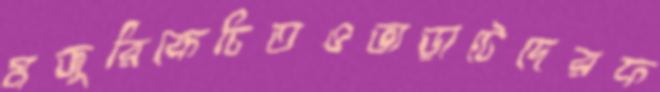
মজুরিকেচিতওভাড়াটেদেরফ